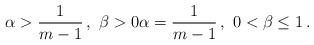
LaTeX: \begin{align*}\alpha > \frac 1 {m-1} \, , \ \beta >0 \alpha=\frac 1{m-1} \, , \ 0<\beta\leq 1 \, .\end{align*}